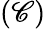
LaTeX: (\mathscr{C})